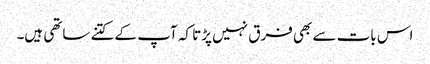
اس بات سے بھی فرق نہیں پڑتا کہ آپ کے کتنے ساتھی ہیں۔